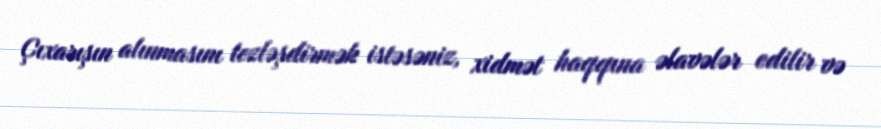
Çıxarışın alınmasını tezləşdirmək istəsəniz, xidmət haqqına əlavələr edilir və